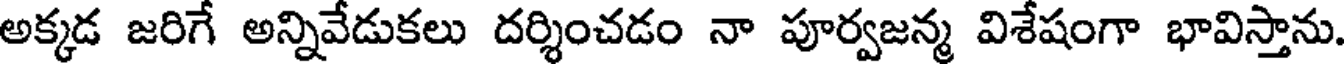
అక్కడ జరిగే అన్నివేడుకలు దర్శించడం నా పూర్వజన్మ విశేషంగా భావిస్తాను.